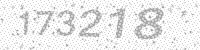
Solution: 173218